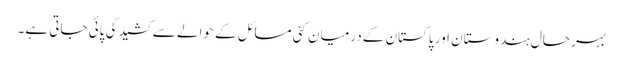
بہر حال ہندوستان اور پاکستان کے درمیان کئی مسائل کے حوالے سے کشیدگی پائی جاتی ہے۔